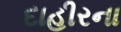
દાહીરના